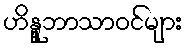
ဟိန္ဒူဘာသာဝင်များ